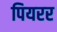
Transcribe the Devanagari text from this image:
पियरर